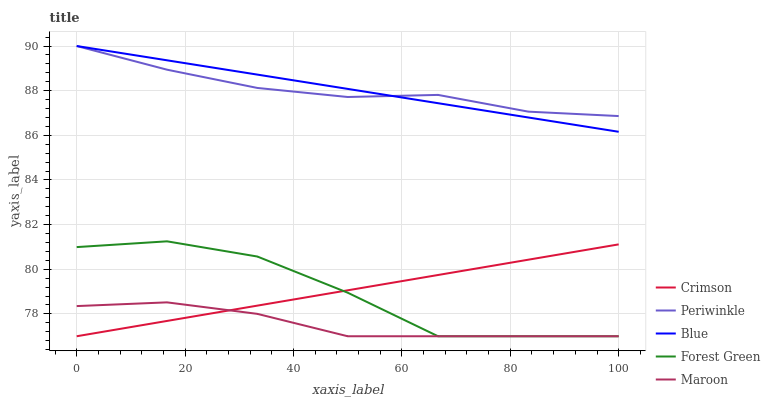
| xaxis_label | Crimson | Periwinkle | Blue | Forest Green | Maroon |
 | --- | --- | --- | --- | --- | --- |
 | 0 | 77 | 90 | 90 | 81 | 78.4 |
 | 16.7 | 77.7 | 88.9 | 89.4 | 81.3 | 78.5 |
 | 33.3 | 78.4 | 88.1 | 88.7 | 80.6 | 78 |
 | 50 | 79.1 | 87.7 | 88.1 | 79 | 77 |
 | 66.7 | 79.7 | 87.8 | 87.4 | 77 | 77 |
 | 83.3 | 80.4 | 87.1 | 86.8 | 77 | 77 |
 | 100 | 81.1 | 86.9 | 86.2 | 77 | 77 |